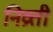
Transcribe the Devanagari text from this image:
निव्रत्ती